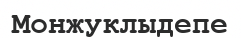
Монжуклыдепе